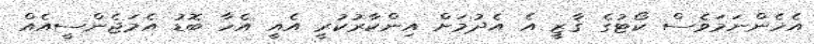
އެހެންނަމަވެސް ކޯޓުގެ ޤާޒީ އެ އެދުމަށް އިންކާރުކުރީ އެއީ އެހާ ބޮޑު އެމަޖެންސީއެއް